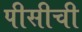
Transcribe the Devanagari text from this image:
पीसीची